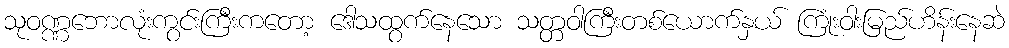
သုဝဏ္ဏဘောလုံးကွင်းကြီးကတော့ ဒေါသထွက်နေသော သတ္တဝါကြီးတစ်ယောက်နှယ် ကြုံးဝါးမြည်ဟိန်းနေဆဲ